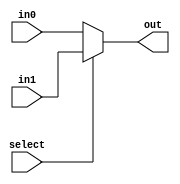
module mux_2to1 (
    input wire in0,
    input wire in1,
    input wire select,
    output reg out
);

always @ (select)
begin
    if (select == 0)
        out = in0;
    else
        out = in1;
end

endmodule